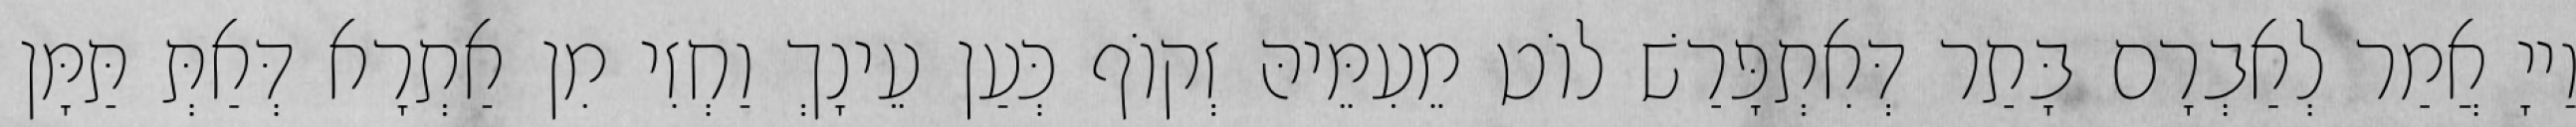
וַייָ אֲמַר לְאַבְרָם בָּתַר דְּאִתְפָּרַשׁ לוֹט מֵעִמֵּיהּ זְקוֹף כְּעַן עֵינָךְ וַחְזִי מִן אַתְרָא דְּאַתְּ תַּמָּן